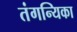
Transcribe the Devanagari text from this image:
तंगन्यिका